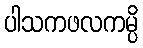
ပါသကဖလကမ္ပိ